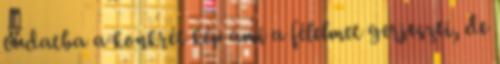
tudatba a konkrét kép ami a félelmet gerjeszti, de